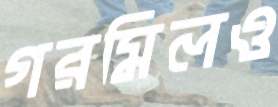
গরমিলও